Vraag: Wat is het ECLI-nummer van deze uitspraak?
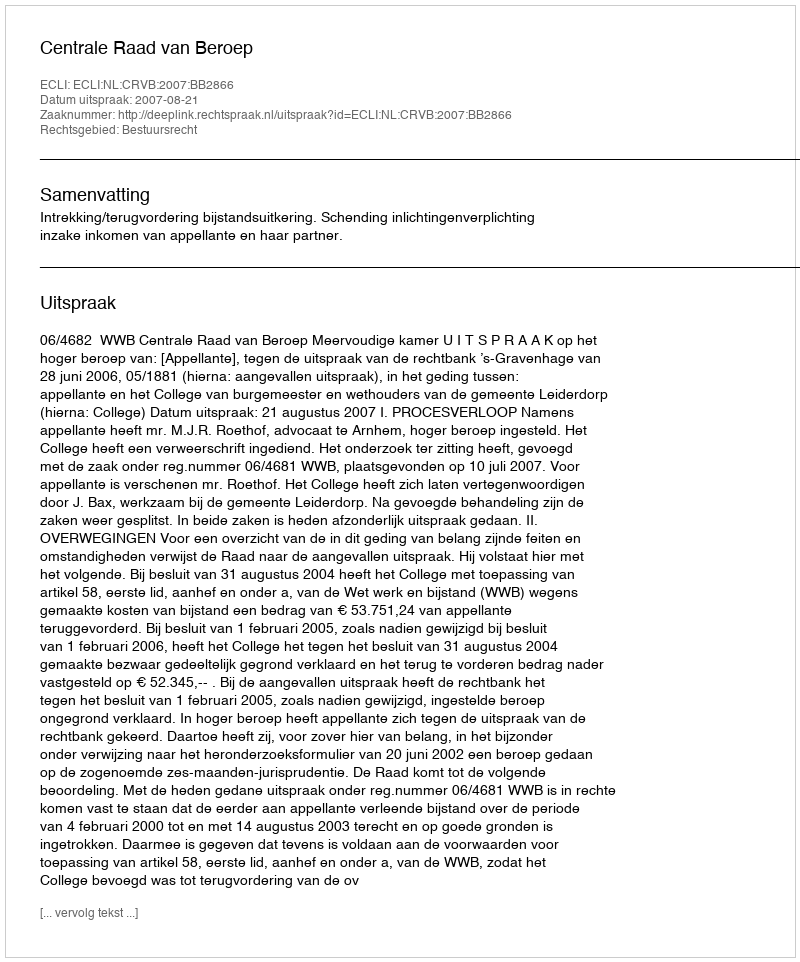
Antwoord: ECLI:NL:CRVB:2007:BB2866